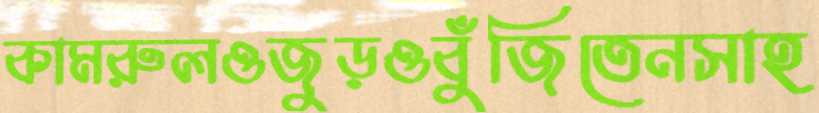
কামরুলওজুড়ওবুঁজিতেনসাহ